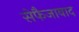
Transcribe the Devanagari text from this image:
सेफैजाबाद